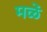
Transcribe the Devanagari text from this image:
मळें